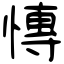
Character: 慱